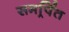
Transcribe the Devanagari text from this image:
समर्र्पित